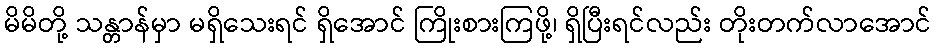
မိမိတို့ သန္တာန်မှာ မရှိသေးရင် ရှိအောင် ကြိုးစားကြဖို့၊ ရှိပြီးရင်လည်း တိုးတက်လာအောင်